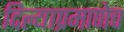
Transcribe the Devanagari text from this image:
दिल्याप्रमाणेच